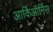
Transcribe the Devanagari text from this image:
आर्किऑर्निस